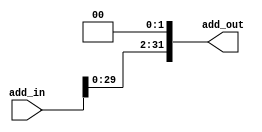
`timescale 1ns / 1ps
//////////////////////////////////////////////////////////////////////////////////
// Company: 
// Engineer: 
// 
// Design Name: 
// Module Name: BIT_SIFT
// Project Name: 
// Target Devices: 
// Tool Versions: 
// Description: 
// 
// Dependencies: 
// 
// Revision:
// Revision 0.01 - File Created
// Additional Comments:
// 
//////////////////////////////////////////////////////////////////////////////////


module BIT_SIFT(add_in, add_out);
    input [31:0] add_in;
    output [31:0] add_out;
    
    assign add_out = add_in << 2;
    
endmodule